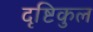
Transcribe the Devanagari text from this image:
दृष्टिकुल